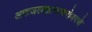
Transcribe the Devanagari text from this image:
अफजलखानाबरोबरचे